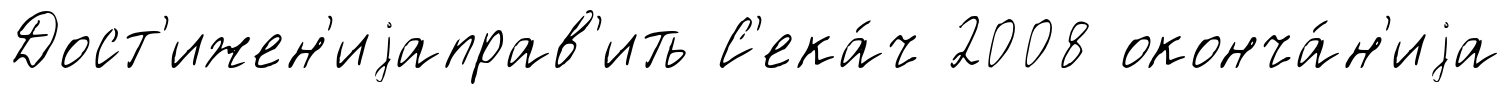
Дост'ижен'иjаправ'ить С'ека́ч 2008 оконча́н'иjа